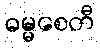
ဓမ္မစေတီ